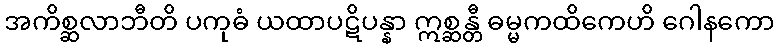
အကိစ္ဆလာဘီတိ ပကုဓံ ယထာပဋိပန္နာ ဣစ္ဆန္တီ ဓမ္မကထိကေဟိ ဂေါနကော